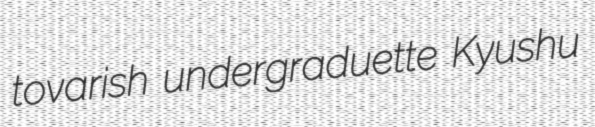
tovarish undergraduette Kyushu